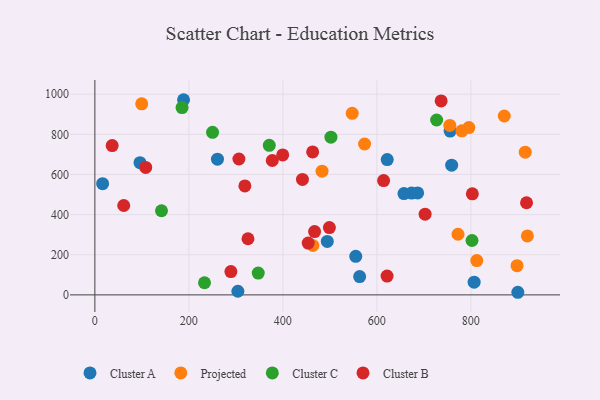
{"axis": {"x": "Experience", "y": "Yield"}, "legend": ["Cluster A", "Cluster B", "Cluster C", "Projected"], "data": [{"x": "673.9", "y": 507.3, "type": "Cluster A"}, {"x": "807.0", "y": 63.3, "type": "Cluster A"}, {"x": "555.1", "y": 192.1, "type": "Cluster A"}, {"x": "622.1", "y": 674.3, "type": "Cluster A"}, {"x": "260.9", "y": 676.3, "type": "Cluster A"}, {"x": "657.7", "y": 505.0, "type": "Cluster A"}, {"x": "759.2", "y": 646.3, "type": "Cluster A"}, {"x": "188.7", "y": 972.4, "type": "Cluster A"}, {"x": "686.8", "y": 508.0, "type": "Cluster A"}, {"x": "494.5", "y": 266.6, "type": "Cluster A"}, {"x": "96.0", "y": 658.6, "type": "Cluster A"}, {"x": "16.5", "y": 554.0, "type": "Cluster A"}, {"x": "563.4", "y": 91.1, "type": "Cluster A"}, {"x": "304.3", "y": 18.2, "type": "Cluster A"}, {"x": "755.9", "y": 816.4, "type": "Cluster A"}, {"x": "900.0", "y": 13.0, "type": "Cluster A"}, {"x": "795.8", "y": 833.6, "type": "Projected"}, {"x": "812.7", "y": 171.0, "type": "Projected"}, {"x": "915.8", "y": 711.3, "type": "Projected"}, {"x": "99.6", "y": 952.2, "type": "Projected"}, {"x": "573.9", "y": 751.8, "type": "Projected"}, {"x": "547.6", "y": 904.7, "type": "Projected"}, {"x": "755.3", "y": 844.2, "type": "Projected"}, {"x": "483.4", "y": 616.6, "type": "Projected"}, {"x": "920.3", "y": 293.7, "type": "Projected"}, {"x": "463.9", "y": 246.1, "type": "Projected"}, {"x": "780.8", "y": 817.3, "type": "Projected"}, {"x": "871.1", "y": 891.4, "type": "Projected"}, {"x": "898.3", "y": 145.5, "type": "Projected"}, {"x": "772.7", "y": 302.2, "type": "Projected"}, {"x": "233.3", "y": 60.5, "type": "Cluster C"}, {"x": "250.4", "y": 810.1, "type": "Cluster C"}, {"x": "347.6", "y": 108.5, "type": "Cluster C"}, {"x": "185.5", "y": 933.3, "type": "Cluster C"}, {"x": "727.2", "y": 871.4, "type": "Cluster C"}, {"x": "141.8", "y": 419.1, "type": "Cluster C"}, {"x": "802.5", "y": 271.0, "type": "Cluster C"}, {"x": "371.1", "y": 745.1, "type": "Cluster C"}, {"x": "502.3", "y": 786.0, "type": "Cluster C"}, {"x": "467.5", "y": 315.5, "type": "Cluster B"}, {"x": "306.5", "y": 677.1, "type": "Cluster B"}, {"x": "614.4", "y": 569.6, "type": "Cluster B"}, {"x": "453.9", "y": 258.3, "type": "Cluster B"}, {"x": "36.8", "y": 743.9, "type": "Cluster B"}, {"x": "319.2", "y": 543.1, "type": "Cluster B"}, {"x": "399.7", "y": 697.3, "type": "Cluster B"}, {"x": "325.8", "y": 279.8, "type": "Cluster B"}, {"x": "61.4", "y": 445.4, "type": "Cluster B"}, {"x": "736.8", "y": 966.6, "type": "Cluster B"}, {"x": "377.5", "y": 669.7, "type": "Cluster B"}, {"x": "499.0", "y": 335.3, "type": "Cluster B"}, {"x": "289.4", "y": 116.3, "type": "Cluster B"}, {"x": "803.2", "y": 503.4, "type": "Cluster B"}, {"x": "463.4", "y": 712.2, "type": "Cluster B"}, {"x": "621.8", "y": 93.5, "type": "Cluster B"}, {"x": "441.7", "y": 575.5, "type": "Cluster B"}, {"x": "702.7", "y": 402.3, "type": "Cluster B"}, {"x": "918.5", "y": 459.1, "type": "Cluster B"}, {"x": "108.2", "y": 635.0, "type": "Cluster B"}]}